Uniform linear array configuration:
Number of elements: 8
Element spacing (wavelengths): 0.75
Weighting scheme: exponential
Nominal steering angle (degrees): -60
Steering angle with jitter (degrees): -60.619
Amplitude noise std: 0.05
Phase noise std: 0.05

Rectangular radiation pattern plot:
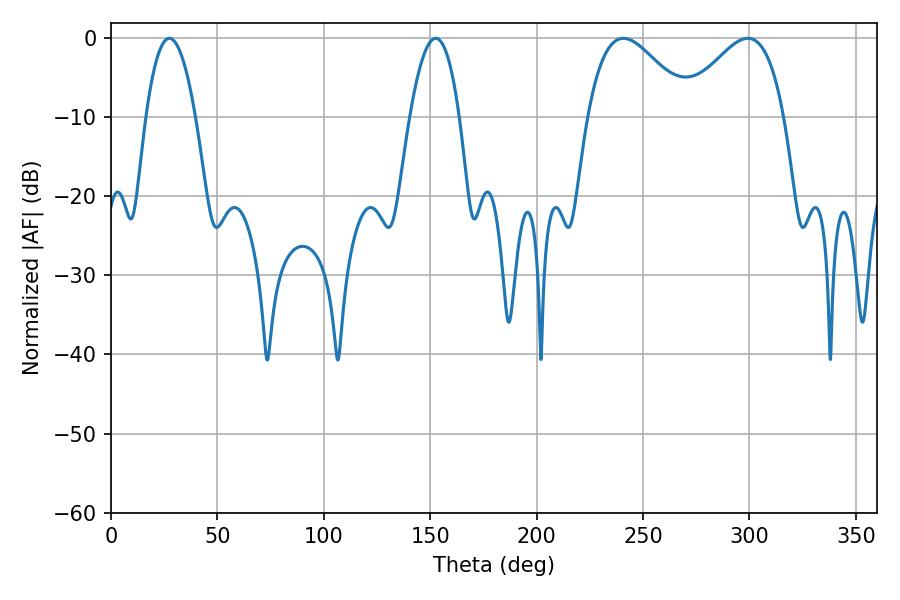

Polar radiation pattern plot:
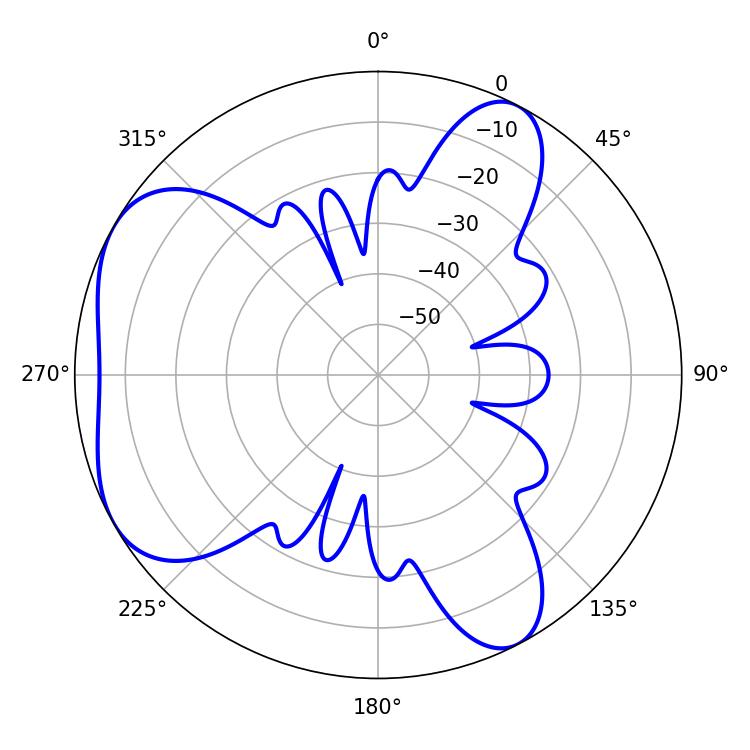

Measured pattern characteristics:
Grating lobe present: TRUE
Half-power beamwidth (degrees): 26.1
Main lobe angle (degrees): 240.84